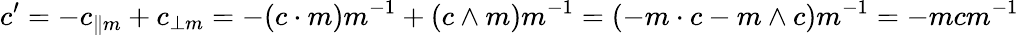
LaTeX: c^{\prime}={-c_{\| m}+c_{\perp m}}={-(c\cdot m)m^{-1}+(c\wedge m)m^{-1}}={(-m\cdot c-m\wedge c)m^{-1}}=-mcm^{-1}